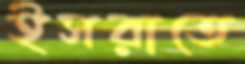
ইসরাতে